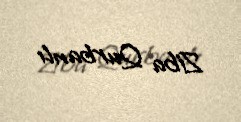
Ziba Qurbanlı